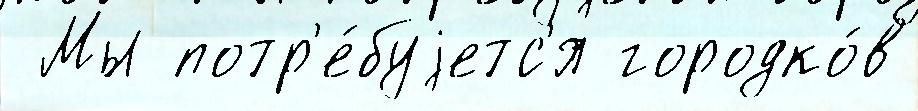
 Мы потр'е́буjетс'я городко́в